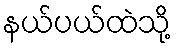
နယ်ပယ်ထဲသို့